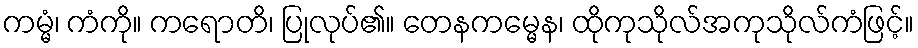
ကမ္မံ၊ ကံကို။ ကရောတိ၊ ပြုလုပ်၏။ တေနကမ္မေန၊ ထိုကုသိုလ်အကုသိုလ်ကံဖြင့်။